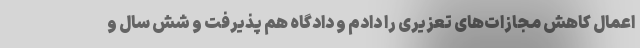
اعمال کاهش مجازات‌های تعزیری را دادم و دادگاه هم پذیرفت و شش سال و